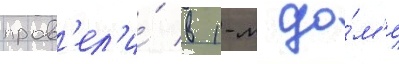
пров'ел'и́ в 1-м до́м'е